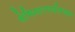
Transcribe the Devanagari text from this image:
सेमिस्टरपर्यंतच्या